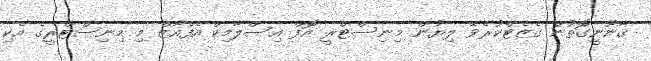
ޤާނޫނީގޮތުން ގެޒެޓްކުރެވޭ ލިޔުން މިނިސްޓްރީ އޮފް އިސްލާމިކް އެފެއާޒް މި މިނިސްޓްރީގެ އެކި